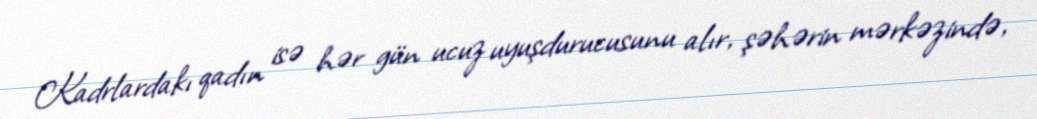
Kadrlardakı qadın isə hər gün ucuz uyuşdurucusunu alır, şəhərin mərkəzində,